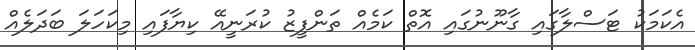
އެކަމަކު ޓަސްލާގައި ގާނޫނުގައި އޮތް ކަމެއް ތަންފީޒު ކުރަނީއޭ ކިޔާފައި މިކަހަލަ ބަދަލެއް